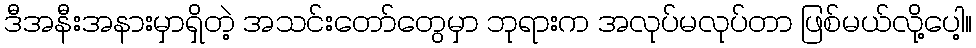
ဒီအနီးအနားမှာရှိတဲ့ အသင်းတော်တွေမှာ ဘုရားက အလုပ်မလုပ်တာ ဖြစ်မယ်လို့ပေါ့။